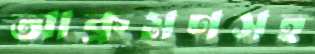
আক্রমণসহ